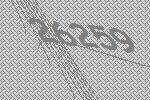
26259